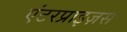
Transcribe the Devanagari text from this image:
एंटरप्राइज़स